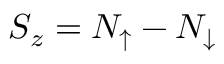
S _ { z } = N _ { \uparrow } - N _ { \downarrow }